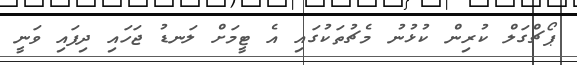
ޕޯޗްގަލް ކުރިން ކުޅުނު މެޗުތަކުގައި އެ ޓީމަށް ލަނޑު ޖަހައި ދިފައި ވަނީ